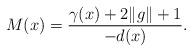
LaTeX: \begin{align*}M(x) = \frac{\gamma(x) + 2\|g\| + 1}{-d(x)}.\end{align*}